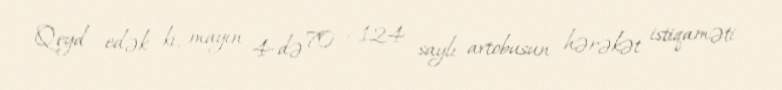
Qeyd edək ki, mayın 4-də 70 , 124 saylı avtobusun hərəkət istiqaməti